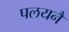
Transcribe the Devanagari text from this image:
पलयनै